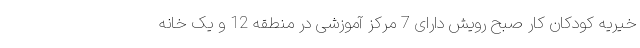
خیریه کودکان کار صبح رویش دارای 7 مرکز آموزشی در منطقه 12 و یک خانه